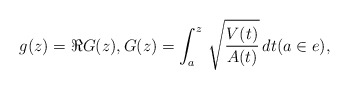
\begin{align*} g(z) = \Re G(z),G(z) = \int_a^z \, \sqrt{\frac {V(t)}{A(t)}}\, dt (a\in e),\end{align*}